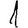
Digit: 1